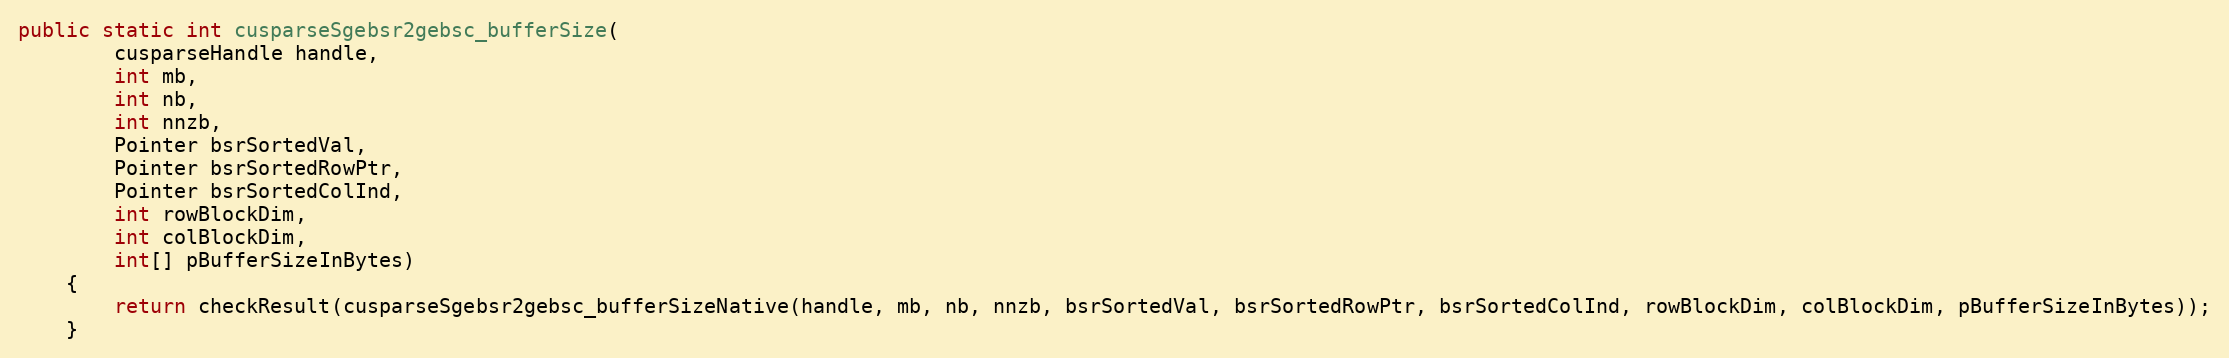
Language: Java
public static int cusparseSgebsr2gebsc_bufferSize(
        cusparseHandle handle,
        int mb,
        int nb,
        int nnzb,
        Pointer bsrSortedVal,
        Pointer bsrSortedRowPtr,
        Pointer bsrSortedColInd,
        int rowBlockDim,
        int colBlockDim,
        int[] pBufferSizeInBytes)
    {
        return checkResult(cusparseSgebsr2gebsc_bufferSizeNative(handle, mb, nb, nnzb, bsrSortedVal, bsrSortedRowPtr, bsrSortedColInd, rowBlockDim, colBlockDim, pBufferSizeInBytes));
    }